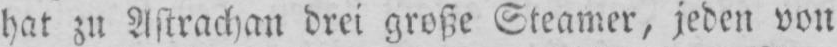
hat zu Astrachan drei große Steamer, jeden von